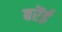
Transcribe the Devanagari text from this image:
बरेंई